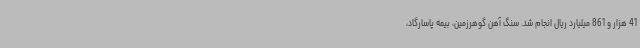
41 هزار و 861 میلیارد ریال انجام شد. سنگ آهن گوهرزمین، بیمه پاسارگاد،